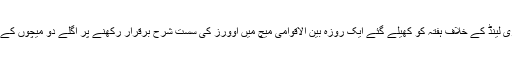
اسلام آباد — کرکٹ کی عالمی تنظیم (آئی سی سی) نے جنوبی افریقہ کے کپتان اے بی ڈی ویلئیرز پر نیوزی لینڈ کے خلاف ہفتہ کو کھیلے گئے ایک روزہ بین الاقوامی میچ میں اوورز کی سست شرح برقرار رکھنے پر اگلے دو میچوں کے لیے معطلی اور ٹیم کے دیگر کھلاڑیوں کو سو فیصد میچ فیس بطور جرمانہ ادا کرنے کی سزا سنائی ہے۔